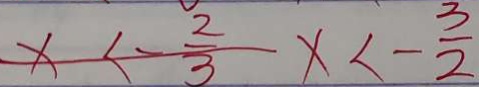
x < - \frac { 2 } { 3 } x < - \frac { 3 } { 2 }